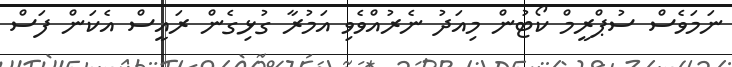
ނަމަވެސް ސުޕްރީމް ކޯޓުން މިއަދު ނެރުއްވެވި އަމުރާ ގުޅިގެން ރައީސް އެކަން ފަސް